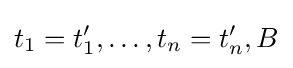
t_{1}=t_{1}',\ldots ,t_{n}=t_{n}',B